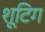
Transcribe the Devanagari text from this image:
शूटिग